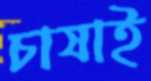
চাষাই